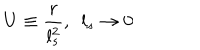
U \equiv \frac { r } { l _ { s } ^ { 2 } } , \ \ l _ { s } \rightarrow 0